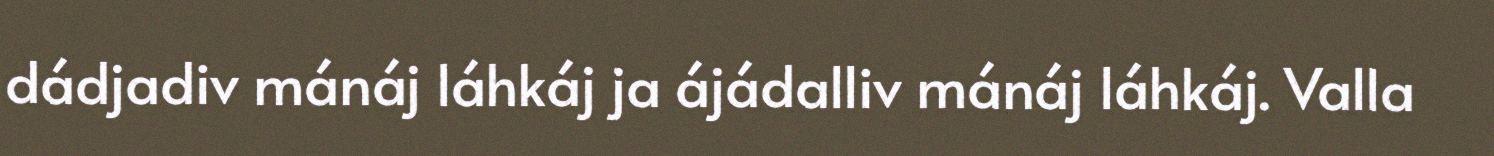
dádjadiv mánáj láhkáj ja ájádalliv mánáj láhkáj. Valla